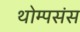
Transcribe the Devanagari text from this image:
थोम्पसंस